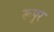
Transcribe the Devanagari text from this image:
रूपूर